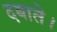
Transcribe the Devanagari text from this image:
दबाते।